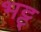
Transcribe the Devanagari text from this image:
भट्ट्